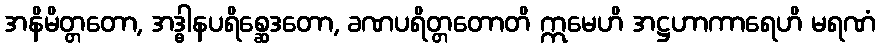
အနိမိတ္တတော, အဒ္ဓါနပရိစ္ဆေဒတော, ခဏပရိတ္တတောတိ ဣမေဟိ အဋ္ဌဟာကာရေဟိ မရဏံ